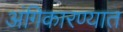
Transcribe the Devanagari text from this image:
अंगिकारण्यात